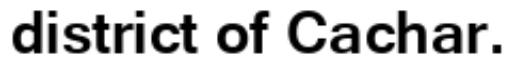
district of Cachar.